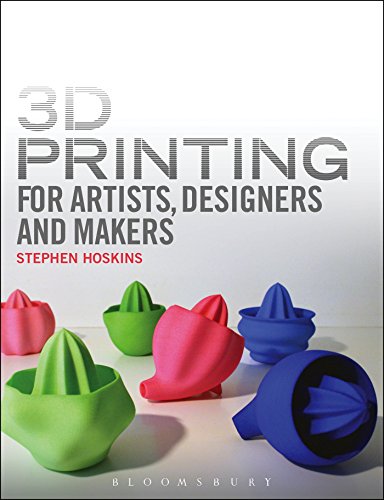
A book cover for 3D Printing for Artists, Designers and Makers: Technology Crossing Art and Industry; Steve Hoskins; Computers & Technology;